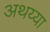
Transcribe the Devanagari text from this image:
अथय्या